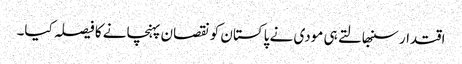
اقتدار سنبھالتے ہی مودی نے پاکستان کو نقصان پہنچانے کا فیصلہ کیا۔